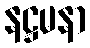
နဋ္ဌမနာ